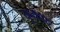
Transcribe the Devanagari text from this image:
युगपद्